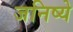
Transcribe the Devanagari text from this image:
जनिष्ये